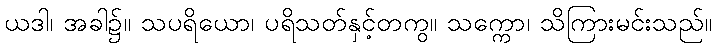
ယဒါ၊ အခါ၌။ သပရိယော၊ ပရိသတ်နှင့်တကွ။ သက္ကော၊ သိကြားမင်းသည်။